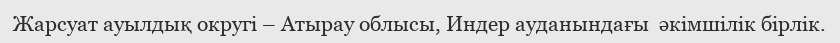
Жарсуат ауылдық округі – Атырау облысы, Индер ауданындағы  әкімшілік бірлік.